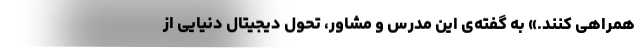
همراهی کنند.» به گفته‌‌ی این مدرس و مشاور، تحول دیجیتال دنیایی از